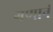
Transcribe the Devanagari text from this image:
गणानं